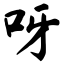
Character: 呀